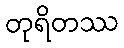
တုရိတဿ